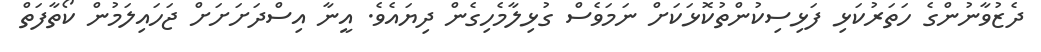
ދެޒުވާނުންގެ ހަތަރުކަޅި ފަޅިސިކުންތުކޮޅަކަށް ނަމަވެސް ގުޅިލާމެހިގެން ދިޔައެވެ. އީނާ އިސްދަށަށަށް ޖަހައިލަމުން ކޯތާފަތް